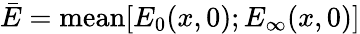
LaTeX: \bar{E}=\mathrm{mean}[E_{0}(x,0);E_{\infty}(x,0)]